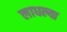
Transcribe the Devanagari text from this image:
लाधल्या